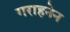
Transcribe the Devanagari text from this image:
गराहनेन